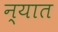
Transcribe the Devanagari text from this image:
न्यात